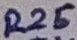
Text: R25